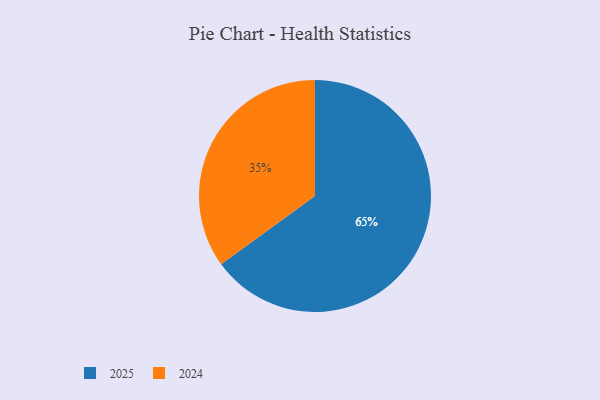
{"axis": {"x": "Category", "y": "Percentage"}, "legend": ["2024", "2025"], "data": [{"x": "2024", "y": 35, "type": "2024"}, {"x": "2025", "y": 65, "type": "2025"}]}